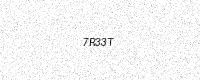
Text: 7R33T